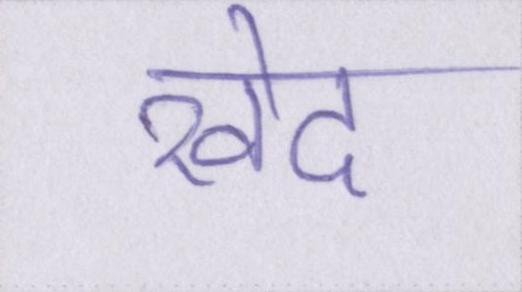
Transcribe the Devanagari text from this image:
खेद